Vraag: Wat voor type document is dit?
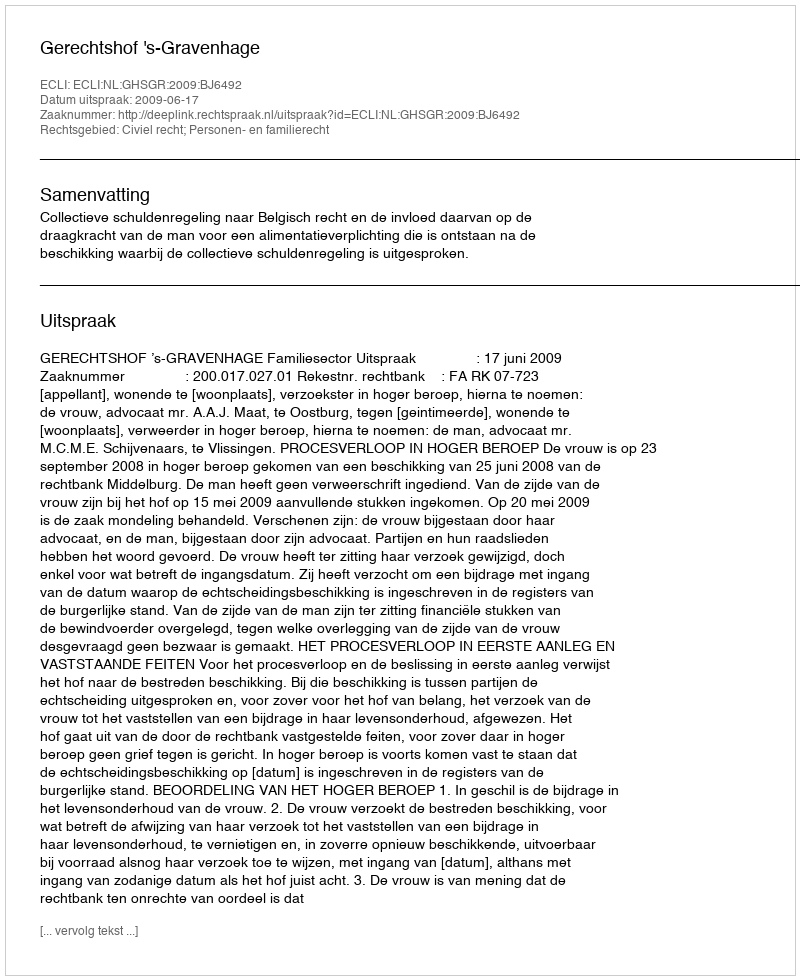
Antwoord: Uitspraak